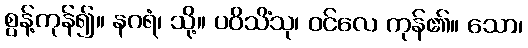
စွန့်ကုန်၍။ နဂရံ၊ သို့။ ပဝိသိံသု၊ ဝင်လေ ကုန်၏။ သော၊